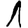
Digit: 1